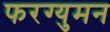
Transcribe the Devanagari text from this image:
फरग्युमन